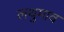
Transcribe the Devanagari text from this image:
लथुमाव